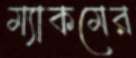
ম্যাকমের